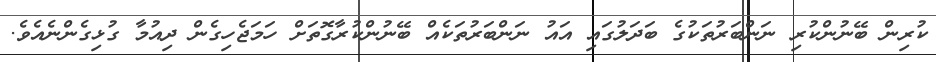
ކުރިން ބޭނުންކުރި ނަންބަރުތަކުގެ ބަދަލުގައި އައު ނަންބަރުތަކެއް ބޭނުންކުރާގޮތަށް ހަމަޖެހިގެން ދިއުމާ ގުޅިގެންނެއެވެ.